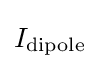
I_{\text{dipole}}